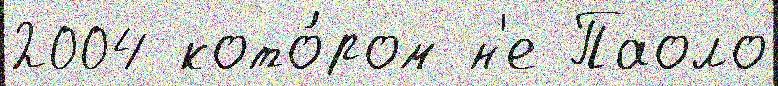
2004 кото́ром н'е Паоло